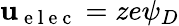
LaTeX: \mathbf{u}_{\mathrm{{~e~l~e~c~}}}=ze\psi_{D}